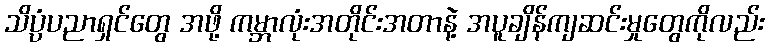
သိပ္ပံပညာရှင်တွေ အဖို့ ကမ္ဘာလုံးအတိုင်းအတာနဲ့ အပူချိန်ကျဆင်းမှုတွေကိုလည်း